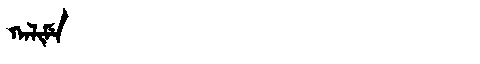
Manchu: ᡴᠠᠯᡳᠮᡝ
Romanization: KALIME